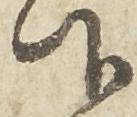
仰